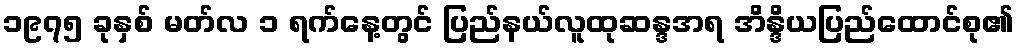
၁၉၇၅ ခုနှစ် မတ်လ ၁ ရက်နေ့တွင် ပြည်နယ်လူထုဆန္ဒအရ အိန္ဒိယပြည်ထောင်စု၏